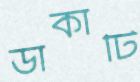
ডাকাটি